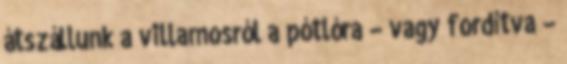
átszállunk a villamosról a pótlóra – vagy fordítva –